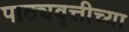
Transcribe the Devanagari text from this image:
पाठ्यवृत्तीच्या